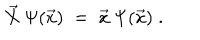
LaTeX: \vec { X } \: \Psi ( \vec { x } ) \; = \; \vec { x } \: \Psi ( \vec { x } ) \; .